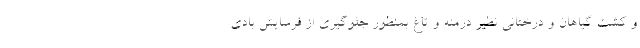
و کشت گیاهان و درختانی نظیر درمنه و تاغ بمنظور جلوگیری از فرسایش بادی